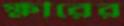
ক্ষীরের